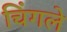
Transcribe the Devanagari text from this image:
चिंगले